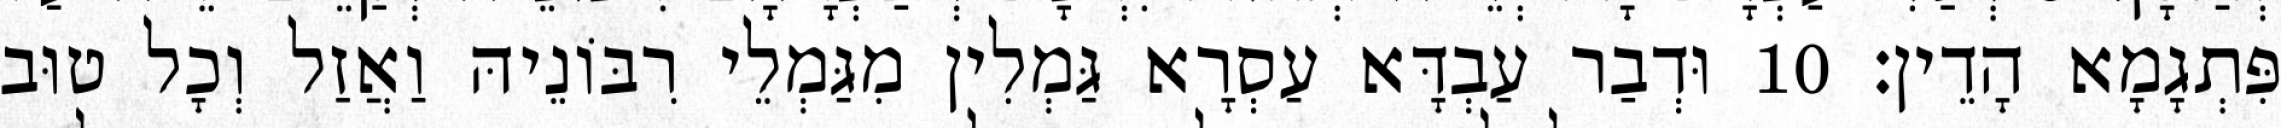
פִּתְגָמָא הָדֵין׃ 10 וּדְבַר עַבְדָּא עַסְרָא גַּמְלִין מִגַּמְלֵי רִבּוֹנֵיהּ וַאֲזַל וְכָל טוּב